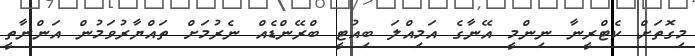
މިގޮތަށް ކެޓްރީނާ ނިންމީ އޭނާގެ އަމިއްލަ ބިއުޓީ ބްރޭންޑެއް ނެރުމަށް ތައްޔާރުވަމުން އަންނާތީ